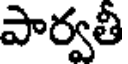
పార్వతీ